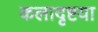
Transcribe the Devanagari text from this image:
कलादृष्टया